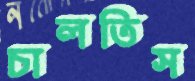
চালতিস